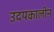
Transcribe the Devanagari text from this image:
उदयकालीन